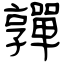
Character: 嚲